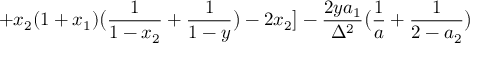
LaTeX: + x _ { 2 } ( 1 + x _ { 1 } ) \bigl ( \frac { 1 } { 1 - x _ { 2 } } + \frac { 1 } { 1 - y } \bigr ) - 2 x _ { 2 } \bigr ] - \frac { 2 y a _ { 1 } } { \Delta ^ { 2 } } \bigl ( \frac { 1 } { a } + \frac { 1 } { 2 - a _ { 2 } } \bigr )